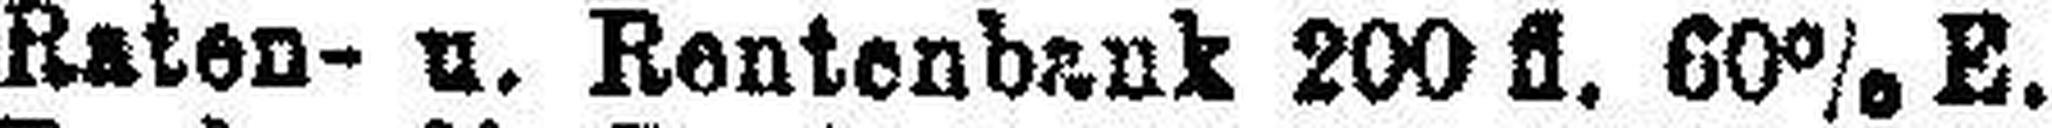
Raten- u. Rentenbank 200 fl. 60% E.